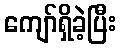
ကျော်ရှိခဲ့ပြီး